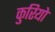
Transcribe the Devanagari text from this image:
कुरियो